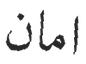
امان